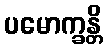
ပမောက္ခန္တိ